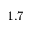
1 . 7